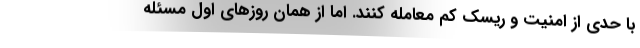
با حدی از امنیت و ریسک کم معامله کنند. اما از همان روزهای اول مسئله